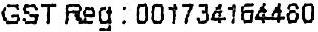
GST REG:001734164480